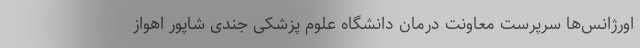
اورژانس‌ها سرپرست معاونت درمان دانشگاه علوم پزشکی جندی شاپور اهواز